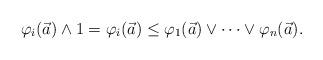
LaTeX: \begin{align*}\varphi_i(\vec{a}) \land 1 = \varphi_i(\vec{a}) \leq\varphi_1(\vec{a}) \lor \dots \lor \varphi_n(\vec{a}).\end{align*}